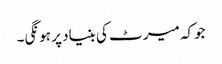
جوکہ میرٹ کی بنیاد پر ہونگی۔